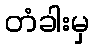
တံခါးမှ